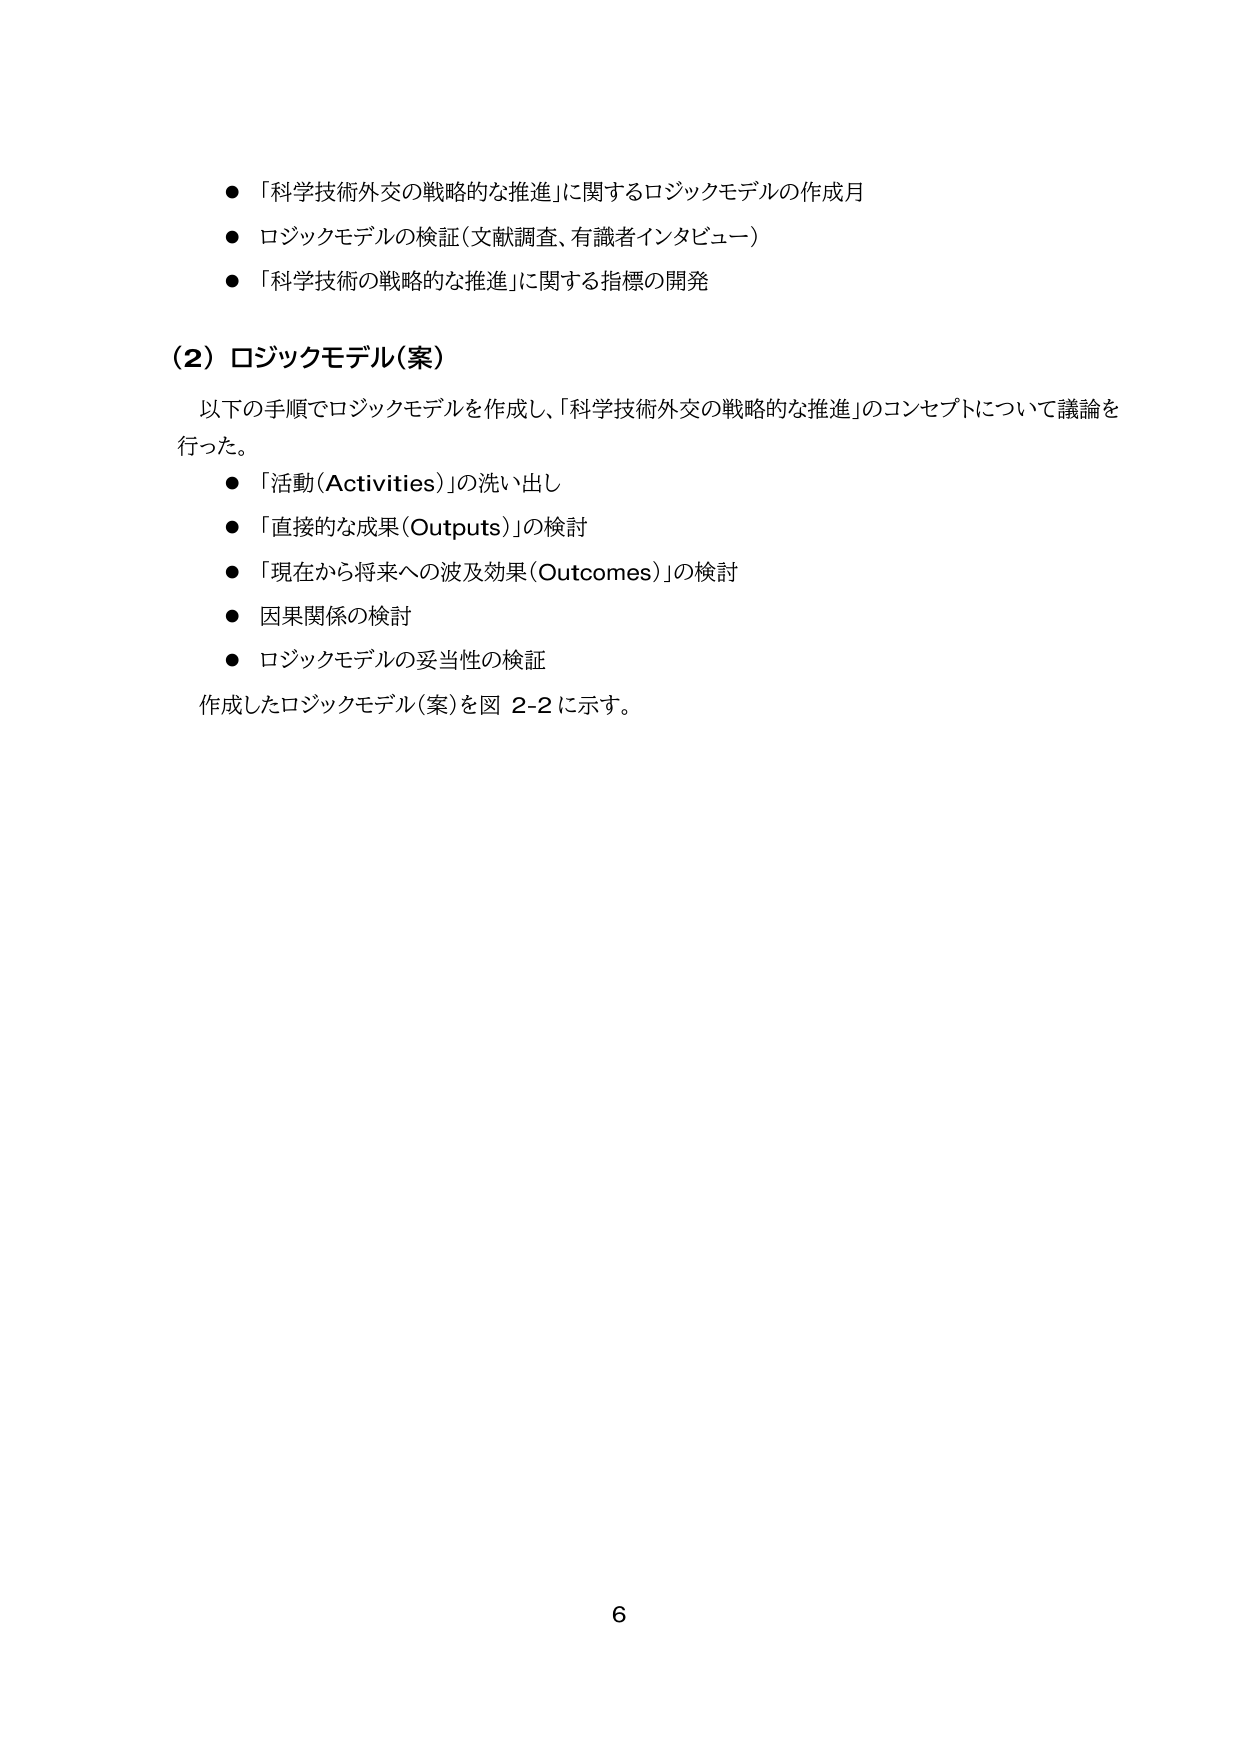
● 「科学技術外交の戦略的な推進」に関するロジックモデルの作成月
● ロジックモデルの検証（文献調査、有識者インタビュー）
● 「科学技術の戦略的な推進」に関する指標の開発

（2）ロジックモデル（案）
以下の手順でロジックモデルを作成し、「科学技術外交の戦略的な推進」のコンセプトについて議論を行った。
● 「活動（Activities）」の洗い出し
● 「直接的な成果（Outputs）」の検討
● 「現在から将来への波及効果（Outcomes）」の検討
● 因果関係の検討
● ロジックモデルの妥当性の検証
作成したロジックモデル（案）を図 2-2 に示す。

6